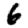
Digit: 6